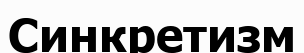
Синкретизм